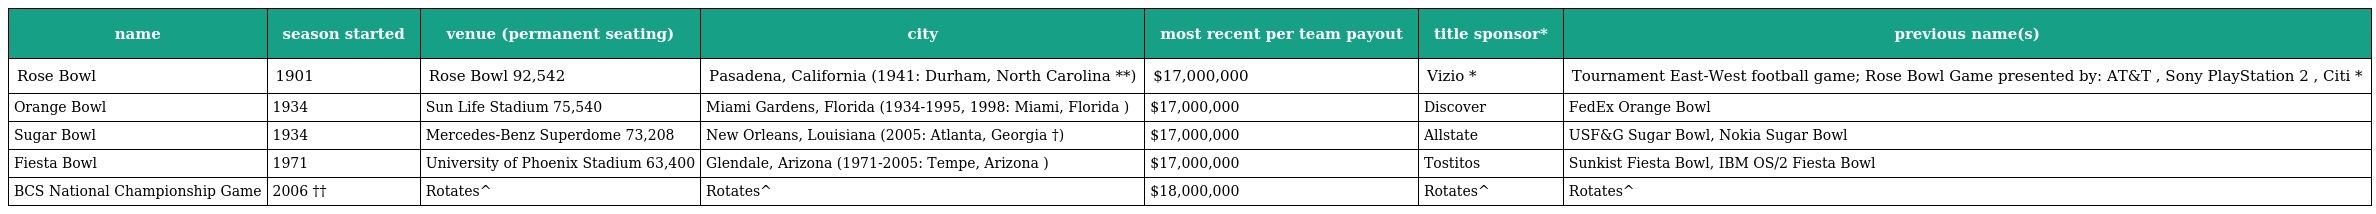
| name | season started | venue (permanent seating) | city | most recent per team payout | title sponsor* | previous name(s) |
 | --- | --- | --- | --- | --- | --- | --- |
 | Rose Bowl | 1901 | Rose Bowl 92,542 | Pasadena, California (1941: Durham, North Carolina **) | $17,000,000 | Vizio * | Tournament East-West football game; Rose Bowl Game presented by: AT&T , Sony PlayStation 2 , Citi * |
 | Orange Bowl | 1934 | Sun Life Stadium 75,540 | Miami Gardens, Florida (1934-1995, 1998: Miami, Florida ) | $17,000,000 | Discover | FedEx Orange Bowl |
 | Sugar Bowl | 1934 | Mercedes-Benz Superdome 73,208 | New Orleans, Louisiana (2005: Atlanta, Georgia †) | $17,000,000 | Allstate | USF&G Sugar Bowl, Nokia Sugar Bowl |
 | Fiesta Bowl | 1971 | University of Phoenix Stadium 63,400 | Glendale, Arizona (1971-2005: Tempe, Arizona ) | $17,000,000 | Tostitos | Sunkist Fiesta Bowl, IBM OS/2 Fiesta Bowl |
 | BCS National Championship Game | 2006 †† | Rotates^ | Rotates^ | $18,000,000 | Rotates^ | Rotates^ |